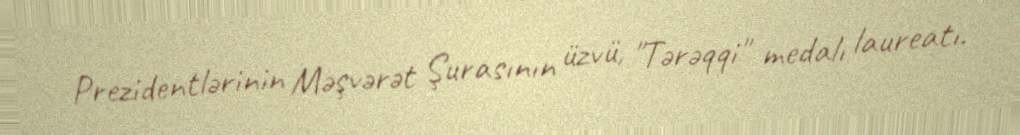
Prezidentlərinin Məşvərət Şurasının üzvü, "Tərəqqi" medalı laureatı.